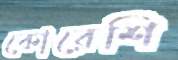
কোরেশি